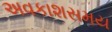
અવકાશસમય